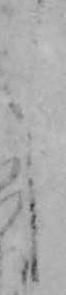
し